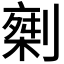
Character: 𠟇